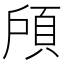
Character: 𱂔